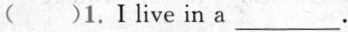
( )1.Ⅰlive in a ___